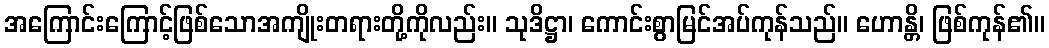
အကြောင်းကြောင့်ဖြစ်သောအကျိုးတရားတို့ကိုလည်း။ သုဒိဋ္ဌာ၊ ကောင်းစွာမြင်အပ်ကုန်သည်။ ဟောန္တိ၊ ဖြစ်ကုန်၏။